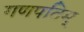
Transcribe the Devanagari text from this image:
गणपतिम्‌